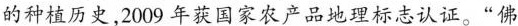
的种植历史，2009年获国家农产品地理标志认证。”佛